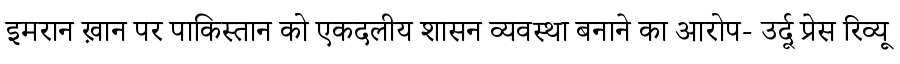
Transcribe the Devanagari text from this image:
इमरान ख़ान पर पाकिस्तान को एकदलीय शासन व्यवस्था बनाने का आरोप- उर्दू प्रेस रिव्यू